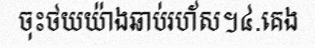
ចុះថយយ៉ាងឆាប់រហ័ស។៤.គេង